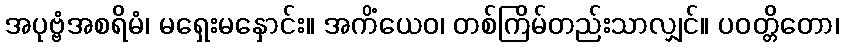
အပုဗ္ဗံအစရိမံ၊ မရှေးမနှောင်း။ အကိံယေဝ၊ တစ်ကြိမ်တည်းသာလျှင်။ ပဝတ္တိတော၊